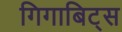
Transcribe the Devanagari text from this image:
गिगाबिट्स